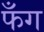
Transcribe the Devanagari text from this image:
फँग